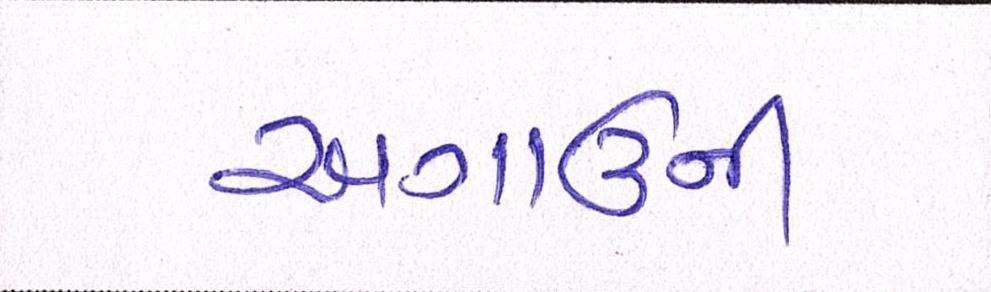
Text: અગાઉની